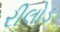
રીલોડ